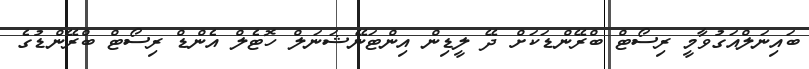
ބައިނަލްއަގުވާމީ ރިސޯޓް ބްރޭންޑަކަށް ދޭ ލީޑިން އިންޓަނޭޝަނަލް ހޮޓެލް އެންޑް ރިސޯޓް ބްރޭންޑުގެ